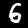
Digit: 6